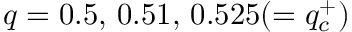
q = 0 . 5 , \, 0 . 5 1 , \, 0 . 5 2 5 ( = q _ { c } ^ { + } )